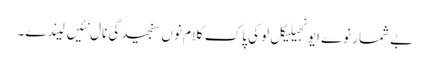
بے شمار نوے ایونجیلیکل لوکی پاک کلام نوں سنجیدگی نال نئیں لیندے۔